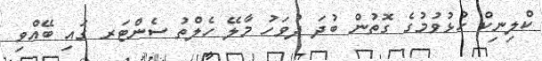
ކްލިނިކް ހުޅުވުމުގެ ގޮތުން ބުދަ ދުވަހު މާލޭ ހެލްތު ސެންޓަރ ގައި ބޭއްވި